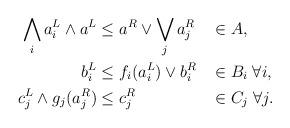
LaTeX: \begin{align*}\begin{aligned}\bigwedge_i a^L_i \wedge a^L &\le a^R \vee \bigvee_j a^R_j &&\in A, \\b^L_i &\le f_i(a^L_i) \vee b^R_i &&\in B_i \;\forall i, \\c^L_j \wedge g_j(a^R_j) &\le c^R_j &&\in C_j \;\forall j.\end{aligned}\end{align*}